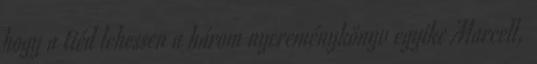
hogy a tiéd lehessen a három nyereménykönyv egyike Marcell,